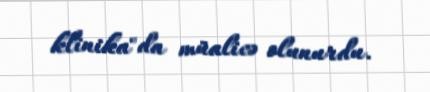
klinika"da müalicə olunurdu.